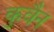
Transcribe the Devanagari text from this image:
कुवैन